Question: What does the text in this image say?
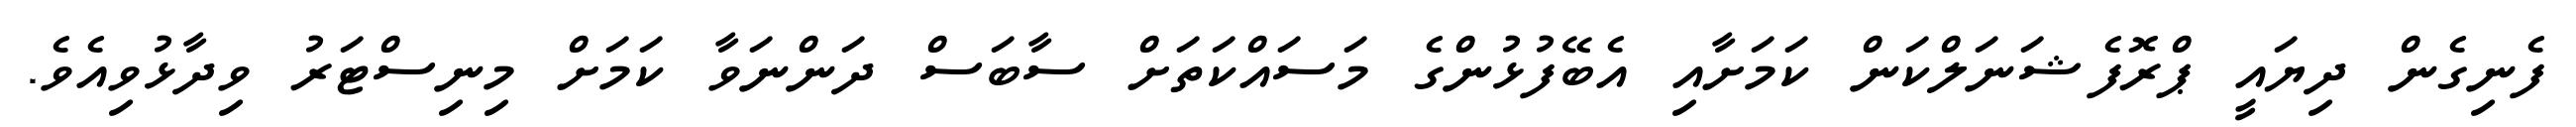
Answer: ފެނިގެން ދިޔައީ ޕްރޮފެޝަނަލްކަން ކަމަށާއި އެބޭފުޅުންގެ މަސައްކަތަށް ސާބަސް ދަންނަވާ ކަމަށް މިނިސްޓަރު ވިދާޅުވިއެވެ.